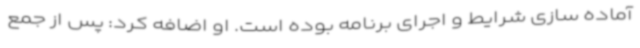
آماده سازی شرایط و اجرای برنامه بوده است. او اضافه کرد: پس از جمع